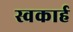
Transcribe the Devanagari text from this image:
स्वकार्ह